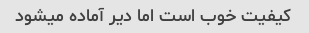
کیفیت خوب است اما دیر آماده میشود